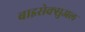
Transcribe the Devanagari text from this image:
बाइसेक्सुअल